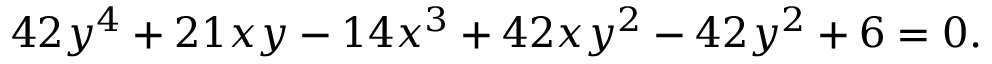
4 2 y ^ { 4 } + 2 1 x y - 1 4 x ^ { 3 } + 4 2 x y ^ { 2 } - 4 2 y ^ { 2 } + 6 = 0 .